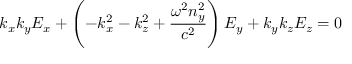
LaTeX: k _ { x } k _ { y } E _ { x } + \left( - k _ { x } ^ { 2 } - k _ { z } ^ { 2 } + { \frac { \omega ^ { 2 } n _ { y } ^ { 2 } } { c ^ { 2 } } } \right) E _ { y } + k _ { y } k _ { z } E _ { z } = 0